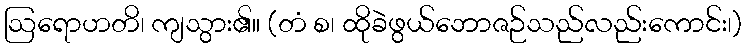
ဩရောဟတိ၊ ကျသွား၏။ (တံ စ၊ ထိုခဲဖွယ်ဘောဇဉ်သည်လည်းကောင်း၊)